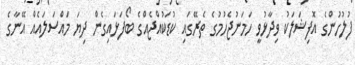
ފުލުހުންގެ އޮފިޝަލަކު ވިދާޅުވީ ހަމަނުޖެހުމުގެ ތެރޭގައި ކުޑަކުއްޖެއްގެ ބޯފަޅައިގެން ދިޔަ މައްސަލައެއް އޭނާގެ